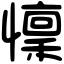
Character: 懍